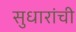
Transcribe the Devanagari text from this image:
सुधारांची